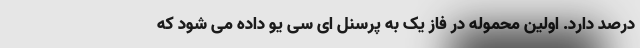
درصد دارد. اولین محموله در فاز یک به پرسنل ای سی یو داده می شود که